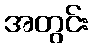
အတွင်း